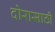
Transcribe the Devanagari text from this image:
दोरासाठी